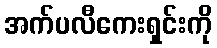
အက်ပလီကေးရှင်းကို